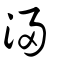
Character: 浸